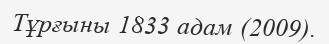
Тұрғыны 1833 адам (2009).